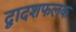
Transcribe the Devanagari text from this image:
द्वादशफलक